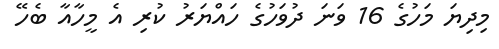
މިދިޔަ މަހުގެ 16 ވަނަ ދުވަހުގެ ހައްޔަރު ކުރި އެ މީހާއާ ބެހޭ